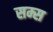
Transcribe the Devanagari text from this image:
सम्स